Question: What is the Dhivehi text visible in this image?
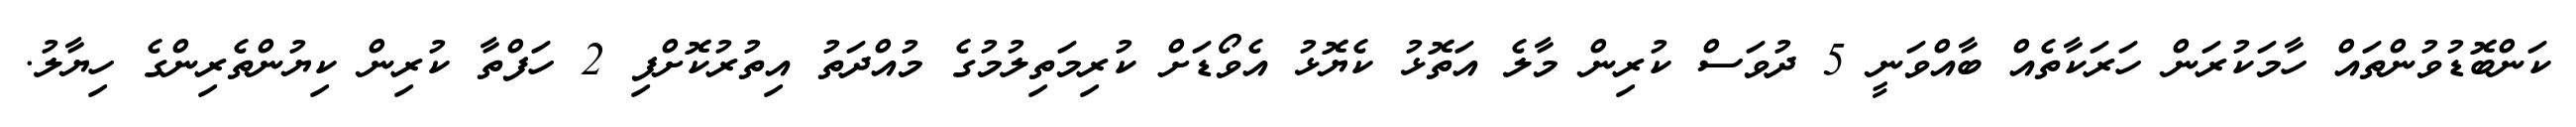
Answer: ކަންބޮޑުވުންތައް ހާމަކުރަން ހަރަކާތެއް ބާއްވަނީ 5 ދުވަސް ކުރިން މާލެ އަތޮޅު ކެޔޮޅު އެވޯޑަށް ކުރިމަތިލުމުގެ މުއްދަތު އިތުރުކޮށްފި 2 ހަފްތާ ކުރިން ކިޔުންތެރިންގެ ހިޔާލު.